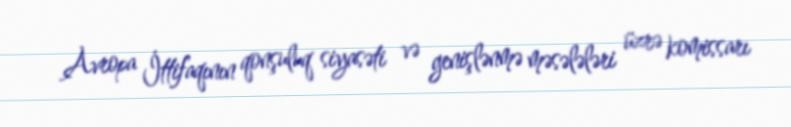
Avropa İttifaqının qonşuluq siyasəti və genişlənmə məsələləri üzrə komissarı